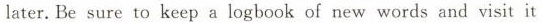
later.Be sure to keep a logbook of new words and visit it